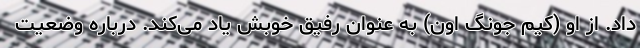
داد. از او (کیم جونگ اون) به عنوان رفیق خوبش یاد می‌کند. درباره وضعیت